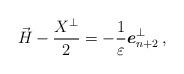
LaTeX: \begin{align*}\vec{H} - \frac{X^{\perp} }{2} = -\frac{1}{\varepsilon} \boldsymbol{e}_{n+2}^{\perp}\,,\end{align*}